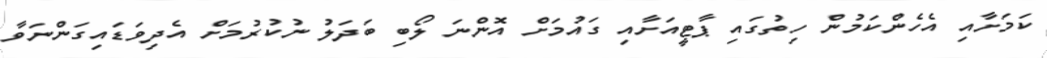
ކަމަށާއި އެހެންކަމުން ހިތުގައި ޕާޓީއަށާއި ގައުމަށް އޮންނަ ލޯބި ބަދަލު ނުކުރުމަށް އެދިވަޑައިގަންނަވާ